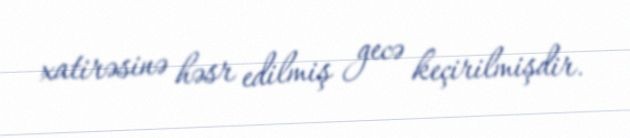
xatirəsinə həsr edilmiş gecə keçirilmişdir.